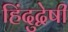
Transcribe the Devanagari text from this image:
हिंदुद्वेषी